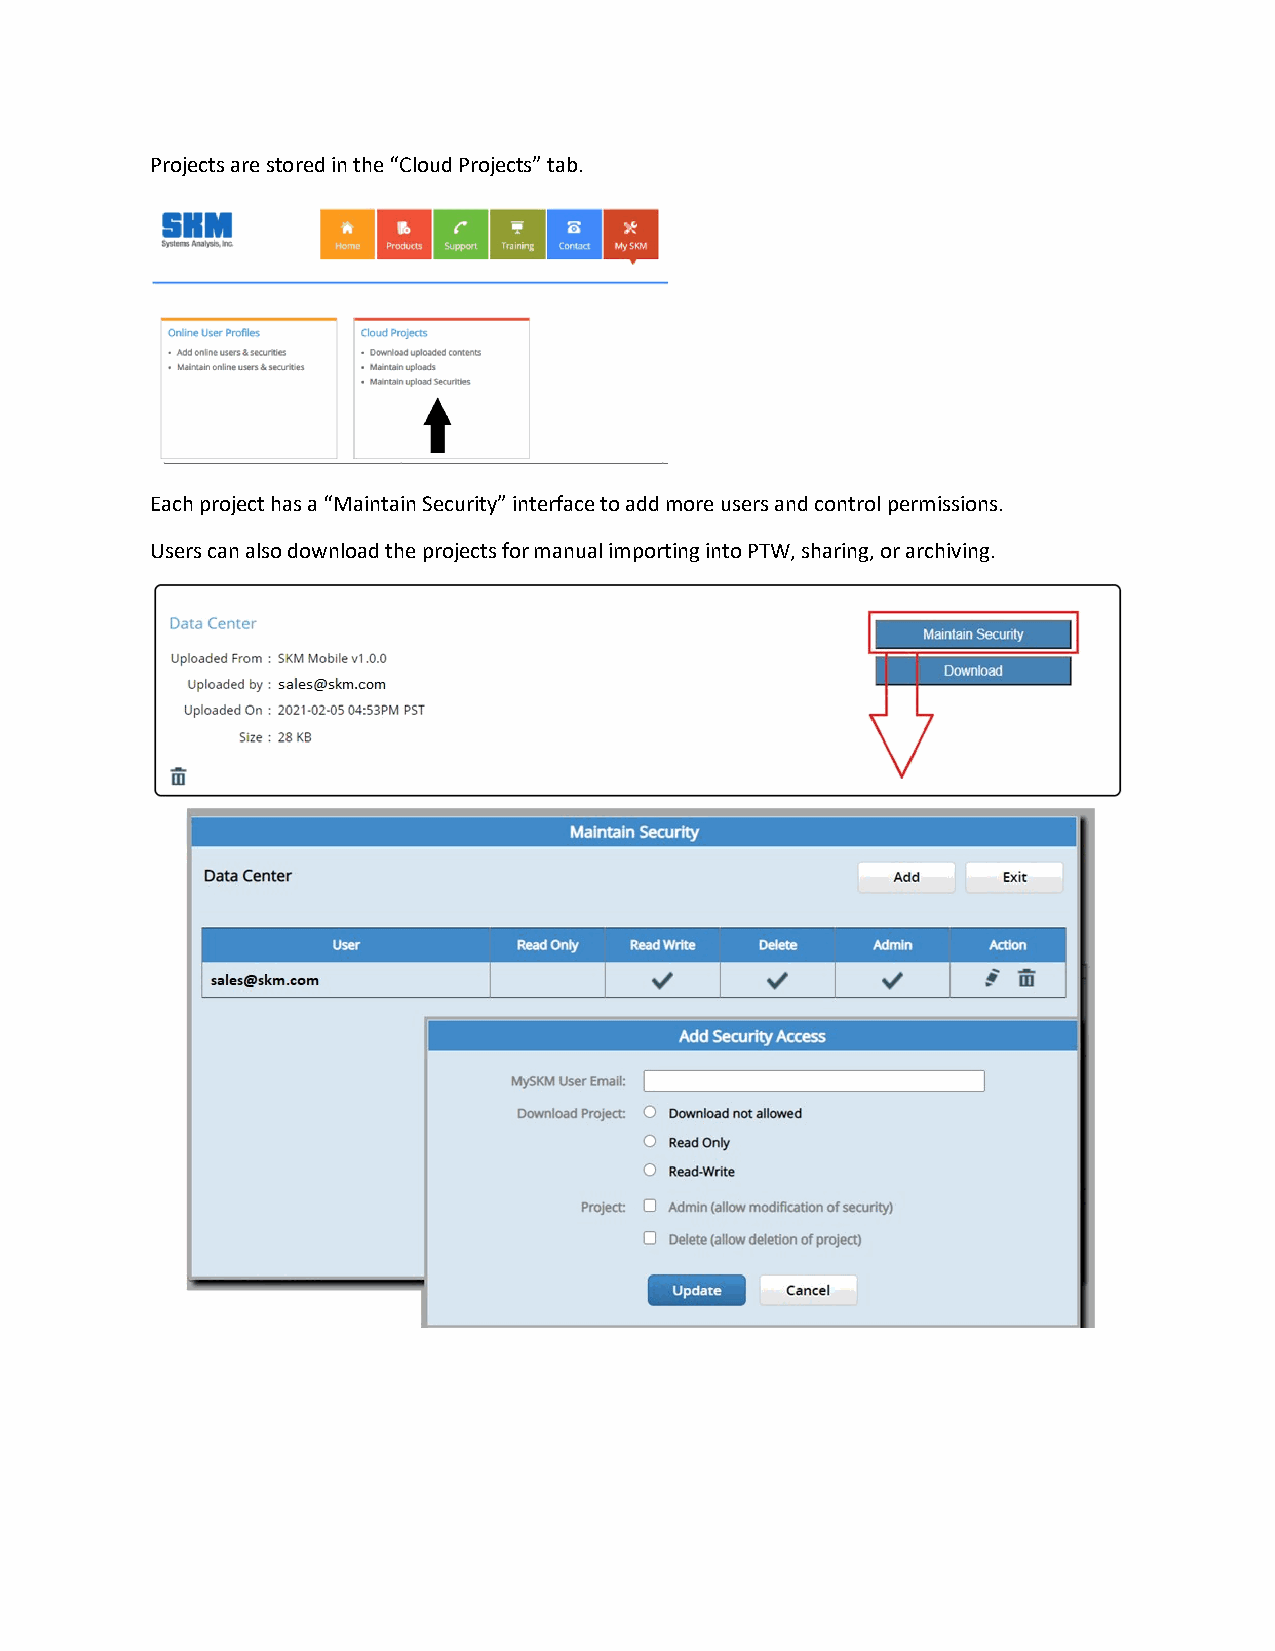
Projects are stored in the “Cloud Projects” tab.
 Each project has a “Maintain Security” interface to add more users and control permissions.
 Users can also download the projects for manual importing into PTW, sharing, or archiving.